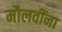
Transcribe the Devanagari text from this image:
मौलवींना